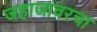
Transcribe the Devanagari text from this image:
जहाजावरचा